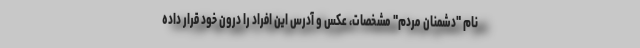
نام "دشمنان مردم" مشخصات، عکس و آدرس این افراد را درون خود قرار داده